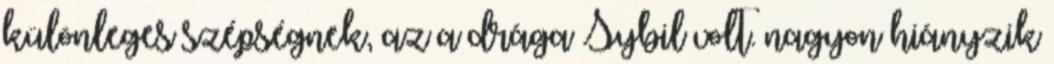
különleges szépségnek, az a drága Sybil volt. nagyon hiányzik